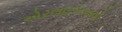
એરલાઈનરનો